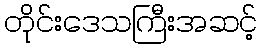
တိုင်းဒေသကြီးအဆင့်